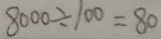
8 0 0 0 \div 1 0 0 = 8 0